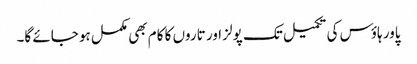
پاور ہاؤس کی تکمیل تک پولز اور تاروں کا کام بھی مکمل ہو جائے گا۔